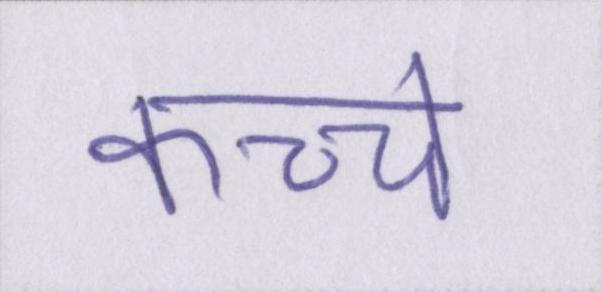
कच्चे